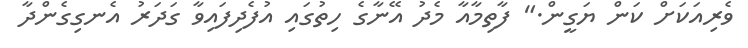
ވެރިއަކަށް ކަން ޔަގީން." ފާތިމާއާ މެދު އޭނާގެ ހިތުގައި އުފެދިފައިވާ ގަދަރު އެނގިގެންދާ